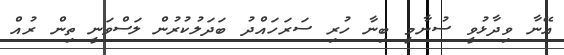
އޭނާ ވިދާޅުވީ ސުނާމީ ބިނާ ހުރި ސަރަހައްދު ބަދަލުކުރުން ލަސްވަނީ ތިން ރުއް